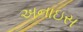
અનાઇસ